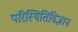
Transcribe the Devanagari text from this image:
परिस्थितिविज्ञान